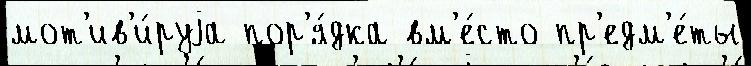
мот'ив'и́руjа пор'я́дка вм'е́сто пр'едм'е́ты